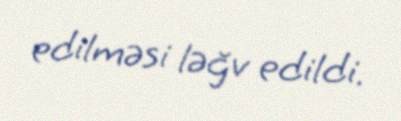
edilməsi ləğv edildi.